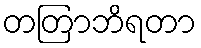
တတြာဘိရတာ